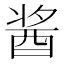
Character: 酱